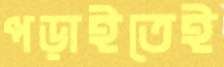
পড়াইতেই